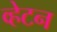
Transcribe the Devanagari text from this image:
व्हेटन